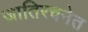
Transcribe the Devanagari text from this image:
जातिरचनेत